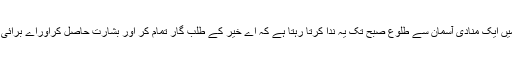
(زواجر جلد اول) رمضان المبارک کی ہر رات میں ایک منادی آسمان سے طلوعِ صبح تک یہ ندا کرتا رہتا ہے کہ اے خیر کے طلب گار تمام کر اور بشارت حاصل کراوراے بُرائی کے چاہنے والے رک جا اور عبرت حاصل کر۔